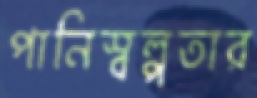
পানিস্বল্পতার